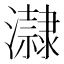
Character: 𤃀